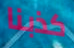
كذبنا